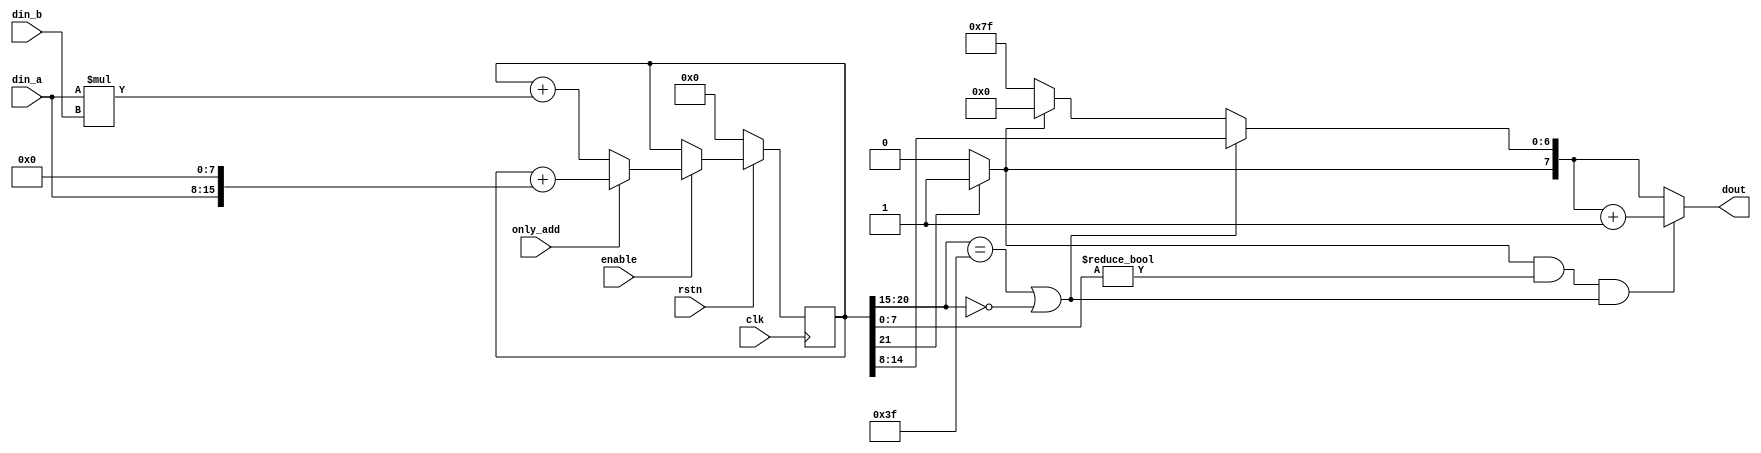
`timescale 1ns / 1ps

//////////////////////////////////////////////////////////////////////////////////
// University: SKKU
// 
// Design Name: 
// Module Name: mac
// Project Name: Final project
// Target Devices: 
// Tool Versions: 
// Description: 
// 
// Dependencies: 
// 
// Revision:
// Revision 0.01 - File Created
// Additional Comments:
// 
//////////////////////////////////////////////////////////////////////////////////

module mac(
        input clk, rstn,
        input signed [7:0] din_a, din_b,
        input only_add,
        input enable,
        output [7:0] dout
    );
    
    reg signed [21:0] acc;
    
    //localparam  MAX = signed 22'b01_1111_1111_1111_1111_1111,
    //            MIN = 22'b10_0000_0000_0000_0000_0000;
    
   
    wire q_7;
    wire over_flow;
    wire [6:0] q_6_0;
    //quantization
    assign q_7 = (acc[21:21] == 1'b1) ?  1 : 0;
    assign over_flow = (acc[20:15] == 6'b111111 || acc[20:15] == 6'b000000) ? 0 : 1;    
    assign q_6_0 = (over_flow == 0) ? acc[14:8] : (q_7 == 1) ? 7'b0000000 : 7'b1111111;    

    /////////////////////////////////////////////////
    //output
    assign dout = ((q_7 == 1) && (acc[7:0] != 8'd0) && (over_flow == 0)) ? {q_7,q_6_0} + 1'b1 :{q_7 ,q_6_0};
    
    /////////////////////////////////////////////////
    always @(posedge clk) begin
        if (rstn == 1'b0) acc <= 'd0;
        
        else if (enable == 1'b1) begin
            if (only_add == 1'b1)  acc <= acc + (din_a <<< 8);
            else                   acc <= acc + (din_a * din_b); 
        end
    end
    
endmodule